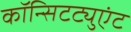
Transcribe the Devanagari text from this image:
कॉन्सिटट्युएंट